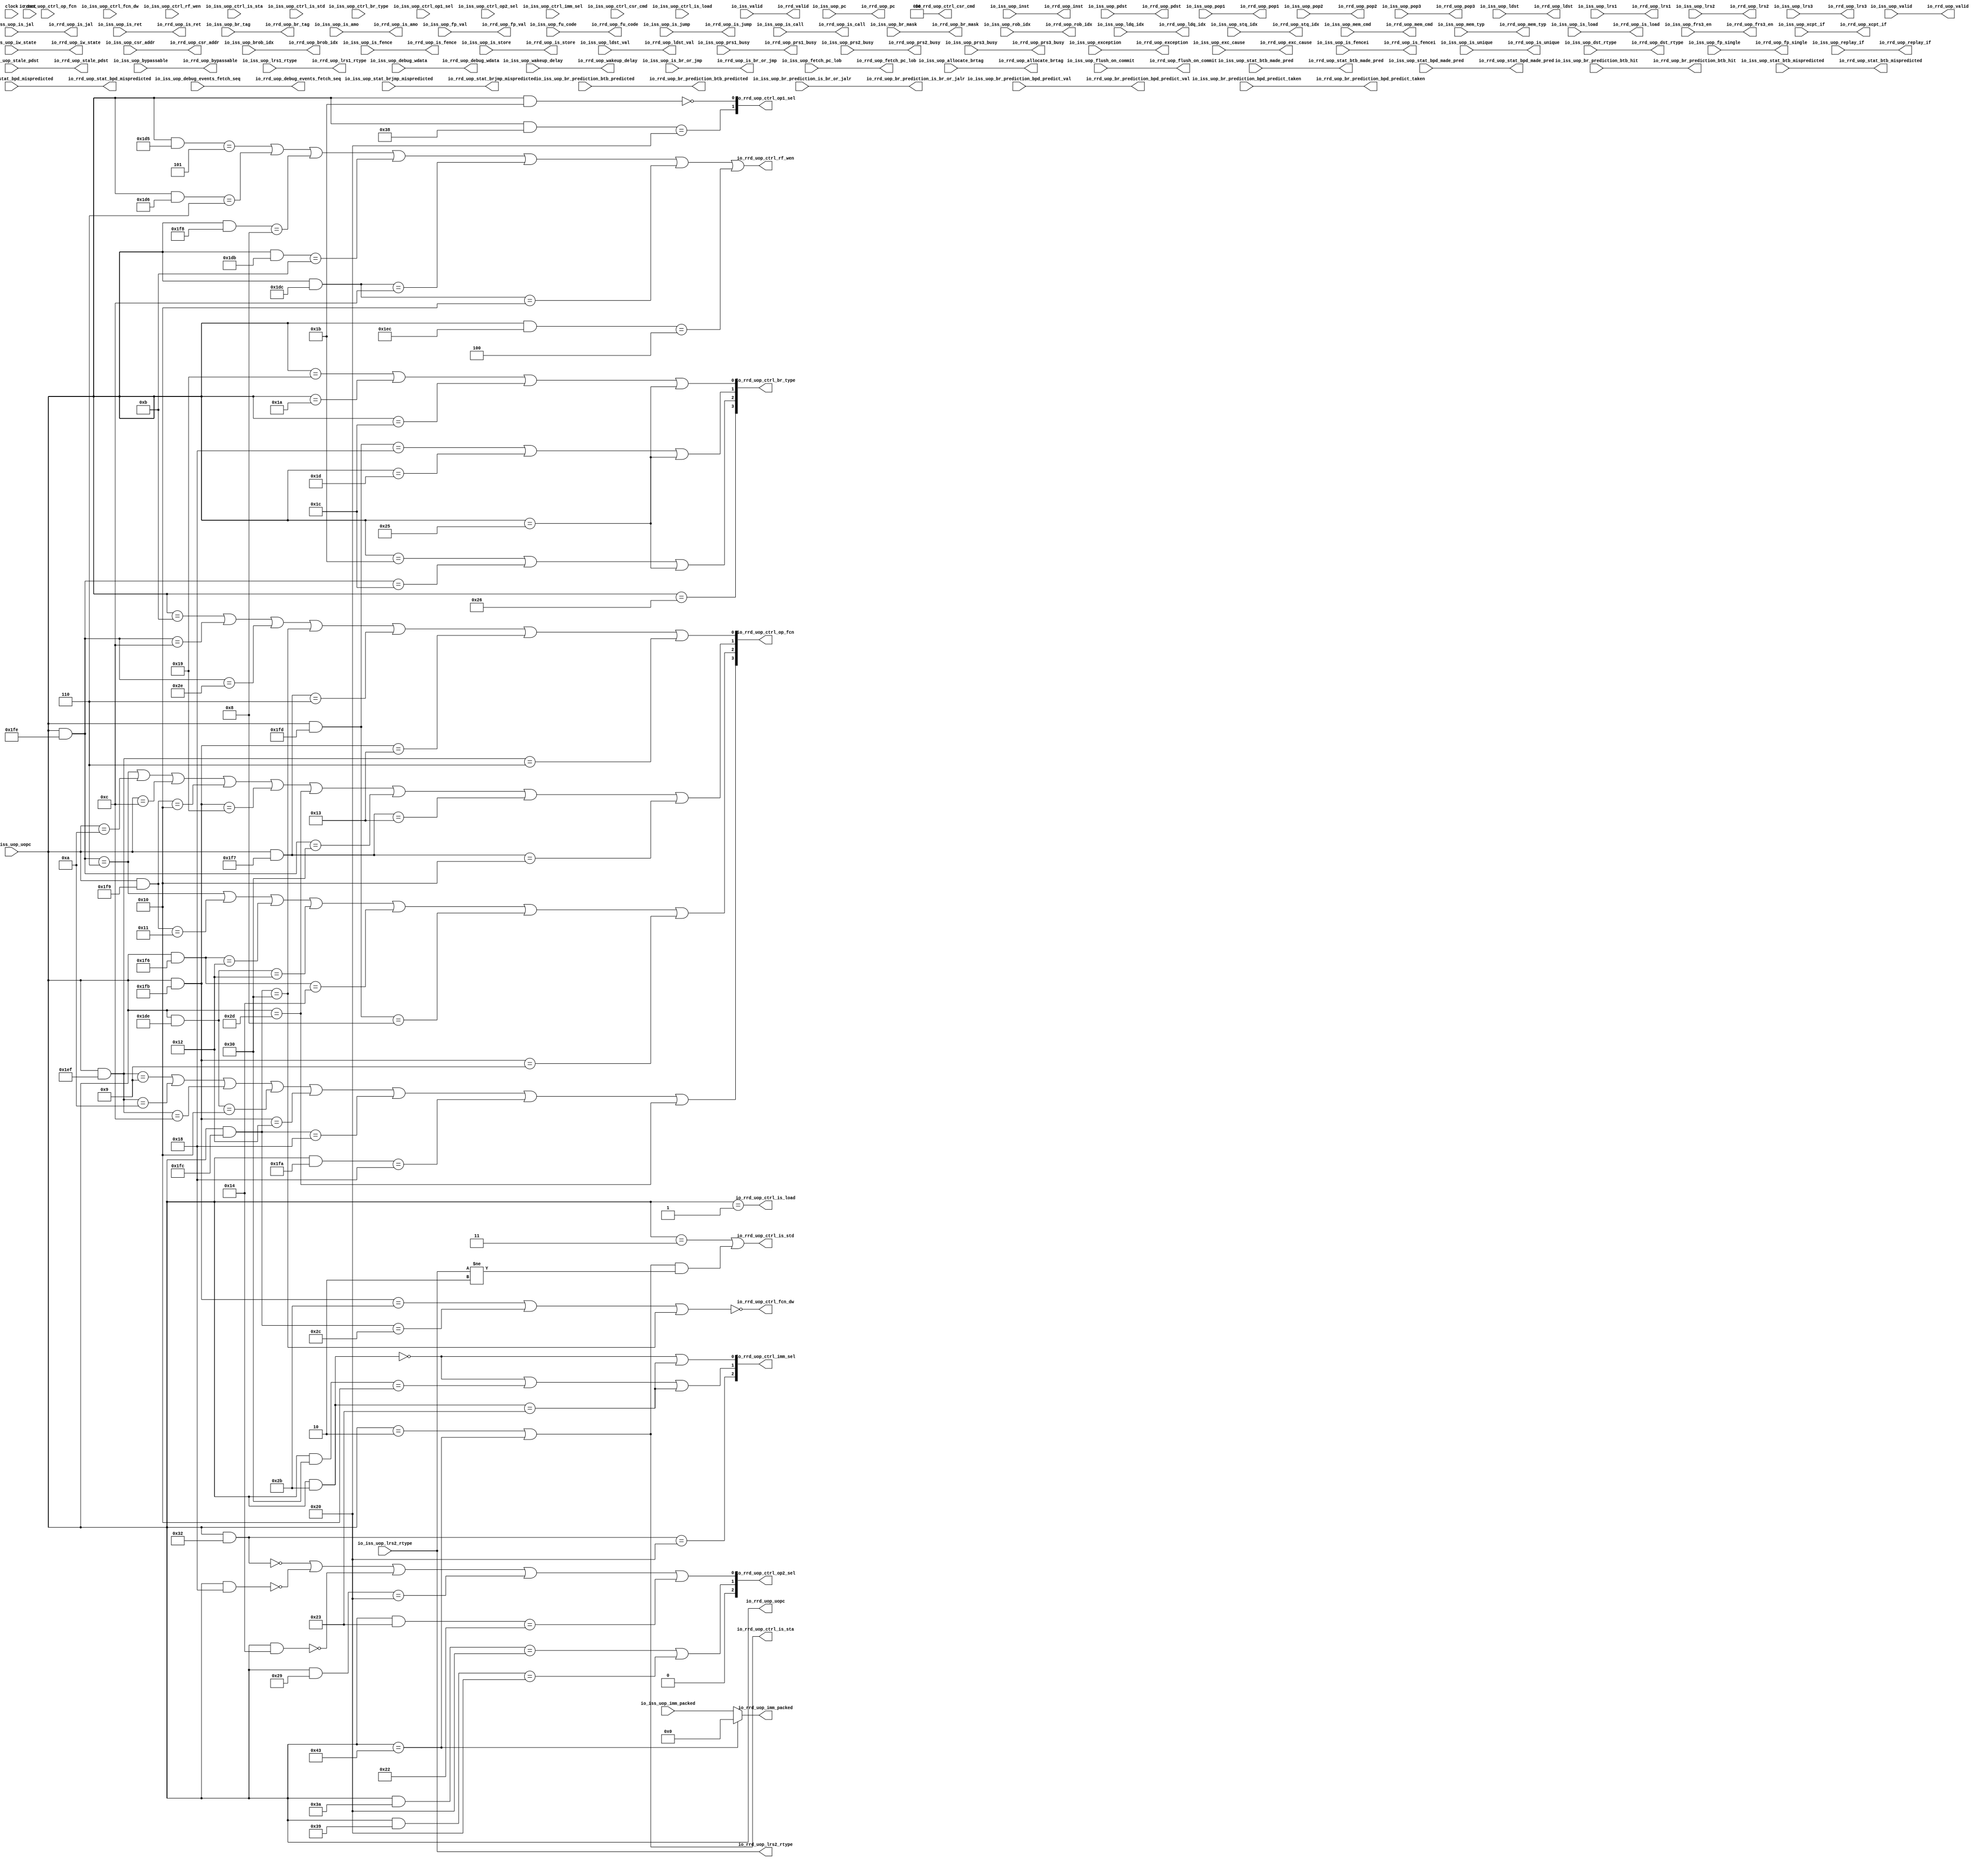
module RegisterReadDecode_1(
  input   clock,
  input   reset,
  input   io_iss_valid,
  input   io_iss_uop_valid,
  input  [1:0] io_iss_uop_iw_state,
  input  [8:0] io_iss_uop_uopc,
  input  [31:0] io_iss_uop_inst,
  input  [39:0] io_iss_uop_pc,
  input  [7:0] io_iss_uop_fu_code,
  input  [3:0] io_iss_uop_ctrl_br_type,
  input  [1:0] io_iss_uop_ctrl_op1_sel,
  input  [2:0] io_iss_uop_ctrl_op2_sel,
  input  [2:0] io_iss_uop_ctrl_imm_sel,
  input  [3:0] io_iss_uop_ctrl_op_fcn,
  input   io_iss_uop_ctrl_fcn_dw,
  input   io_iss_uop_ctrl_rf_wen,
  input  [2:0] io_iss_uop_ctrl_csr_cmd,
  input   io_iss_uop_ctrl_is_load,
  input   io_iss_uop_ctrl_is_sta,
  input   io_iss_uop_ctrl_is_std,
  input  [1:0] io_iss_uop_wakeup_delay,
  input   io_iss_uop_allocate_brtag,
  input   io_iss_uop_is_br_or_jmp,
  input   io_iss_uop_is_jump,
  input   io_iss_uop_is_jal,
  input   io_iss_uop_is_ret,
  input   io_iss_uop_is_call,
  input  [7:0] io_iss_uop_br_mask,
  input  [2:0] io_iss_uop_br_tag,
  input   io_iss_uop_br_prediction_bpd_predict_val,
  input   io_iss_uop_br_prediction_bpd_predict_taken,
  input   io_iss_uop_br_prediction_btb_hit,
  input   io_iss_uop_br_prediction_btb_predicted,
  input   io_iss_uop_br_prediction_is_br_or_jalr,
  input   io_iss_uop_stat_brjmp_mispredicted,
  input   io_iss_uop_stat_btb_made_pred,
  input   io_iss_uop_stat_btb_mispredicted,
  input   io_iss_uop_stat_bpd_made_pred,
  input   io_iss_uop_stat_bpd_mispredicted,
  input  [3:0] io_iss_uop_fetch_pc_lob,
  input  [19:0] io_iss_uop_imm_packed,
  input  [11:0] io_iss_uop_csr_addr,
  input  [6:0] io_iss_uop_rob_idx,
  input  [4:0] io_iss_uop_ldq_idx,
  input  [4:0] io_iss_uop_stq_idx,
  input  [4:0] io_iss_uop_brob_idx,
  input  [6:0] io_iss_uop_pdst,
  input  [6:0] io_iss_uop_pop1,
  input  [6:0] io_iss_uop_pop2,
  input  [6:0] io_iss_uop_pop3,
  input   io_iss_uop_prs1_busy,
  input   io_iss_uop_prs2_busy,
  input   io_iss_uop_prs3_busy,
  input  [6:0] io_iss_uop_stale_pdst,
  input   io_iss_uop_exception,
  input  [63:0] io_iss_uop_exc_cause,
  input   io_iss_uop_bypassable,
  input  [3:0] io_iss_uop_mem_cmd,
  input  [2:0] io_iss_uop_mem_typ,
  input   io_iss_uop_is_fence,
  input   io_iss_uop_is_fencei,
  input   io_iss_uop_is_store,
  input   io_iss_uop_is_amo,
  input   io_iss_uop_is_load,
  input   io_iss_uop_is_unique,
  input   io_iss_uop_flush_on_commit,
  input  [5:0] io_iss_uop_ldst,
  input  [5:0] io_iss_uop_lrs1,
  input  [5:0] io_iss_uop_lrs2,
  input  [5:0] io_iss_uop_lrs3,
  input   io_iss_uop_ldst_val,
  input  [1:0] io_iss_uop_dst_rtype,
  input  [1:0] io_iss_uop_lrs1_rtype,
  input  [1:0] io_iss_uop_lrs2_rtype,
  input   io_iss_uop_frs3_en,
  input   io_iss_uop_fp_val,
  input   io_iss_uop_fp_single,
  input   io_iss_uop_xcpt_if,
  input   io_iss_uop_replay_if,
  input  [63:0] io_iss_uop_debug_wdata,
  input  [31:0] io_iss_uop_debug_events_fetch_seq,
  output  io_rrd_valid,
  output  io_rrd_uop_valid,
  output [1:0] io_rrd_uop_iw_state,
  output [8:0] io_rrd_uop_uopc,
  output [31:0] io_rrd_uop_inst,
  output [39:0] io_rrd_uop_pc,
  output [7:0] io_rrd_uop_fu_code,
  output [3:0] io_rrd_uop_ctrl_br_type,
  output [1:0] io_rrd_uop_ctrl_op1_sel,
  output [2:0] io_rrd_uop_ctrl_op2_sel,
  output [2:0] io_rrd_uop_ctrl_imm_sel,
  output [3:0] io_rrd_uop_ctrl_op_fcn,
  output  io_rrd_uop_ctrl_fcn_dw,
  output  io_rrd_uop_ctrl_rf_wen,
  output [2:0] io_rrd_uop_ctrl_csr_cmd,
  output  io_rrd_uop_ctrl_is_load,
  output  io_rrd_uop_ctrl_is_sta,
  output  io_rrd_uop_ctrl_is_std,
  output [1:0] io_rrd_uop_wakeup_delay,
  output  io_rrd_uop_allocate_brtag,
  output  io_rrd_uop_is_br_or_jmp,
  output  io_rrd_uop_is_jump,
  output  io_rrd_uop_is_jal,
  output  io_rrd_uop_is_ret,
  output  io_rrd_uop_is_call,
  output [7:0] io_rrd_uop_br_mask,
  output [2:0] io_rrd_uop_br_tag,
  output  io_rrd_uop_br_prediction_bpd_predict_val,
  output  io_rrd_uop_br_prediction_bpd_predict_taken,
  output  io_rrd_uop_br_prediction_btb_hit,
  output  io_rrd_uop_br_prediction_btb_predicted,
  output  io_rrd_uop_br_prediction_is_br_or_jalr,
  output  io_rrd_uop_stat_brjmp_mispredicted,
  output  io_rrd_uop_stat_btb_made_pred,
  output  io_rrd_uop_stat_btb_mispredicted,
  output  io_rrd_uop_stat_bpd_made_pred,
  output  io_rrd_uop_stat_bpd_mispredicted,
  output [3:0] io_rrd_uop_fetch_pc_lob,
  output [19:0] io_rrd_uop_imm_packed,
  output [11:0] io_rrd_uop_csr_addr,
  output [6:0] io_rrd_uop_rob_idx,
  output [4:0] io_rrd_uop_ldq_idx,
  output [4:0] io_rrd_uop_stq_idx,
  output [4:0] io_rrd_uop_brob_idx,
  output [6:0] io_rrd_uop_pdst,
  output [6:0] io_rrd_uop_pop1,
  output [6:0] io_rrd_uop_pop2,
  output [6:0] io_rrd_uop_pop3,
  output  io_rrd_uop_prs1_busy,
  output  io_rrd_uop_prs2_busy,
  output  io_rrd_uop_prs3_busy,
  output [6:0] io_rrd_uop_stale_pdst,
  output  io_rrd_uop_exception,
  output [63:0] io_rrd_uop_exc_cause,
  output  io_rrd_uop_bypassable,
  output [3:0] io_rrd_uop_mem_cmd,
  output [2:0] io_rrd_uop_mem_typ,
  output  io_rrd_uop_is_fence,
  output  io_rrd_uop_is_fencei,
  output  io_rrd_uop_is_store,
  output  io_rrd_uop_is_amo,
  output  io_rrd_uop_is_load,
  output  io_rrd_uop_is_unique,
  output  io_rrd_uop_flush_on_commit,
  output [5:0] io_rrd_uop_ldst,
  output [5:0] io_rrd_uop_lrs1,
  output [5:0] io_rrd_uop_lrs2,
  output [5:0] io_rrd_uop_lrs3,
  output  io_rrd_uop_ldst_val,
  output [1:0] io_rrd_uop_dst_rtype,
  output [1:0] io_rrd_uop_lrs1_rtype,
  output [1:0] io_rrd_uop_lrs2_rtype,
  output  io_rrd_uop_frs3_en,
  output  io_rrd_uop_fp_val,
  output  io_rrd_uop_fp_single,
  output  io_rrd_uop_xcpt_if,
  output  io_rrd_uop_replay_if,
  output [63:0] io_rrd_uop_debug_wdata,
  output [31:0] io_rrd_uop_debug_events_fetch_seq
);
  wire [3:0] rrd_cs_br_type;
  wire  rrd_cs_use_alupipe;
  wire  rrd_cs_use_muldivpipe;
  wire  rrd_cs_use_mempipe;
  wire [3:0] rrd_cs_op_fcn;
  wire  rrd_cs_fcn_dw;
  wire [1:0] rrd_cs_op1_sel;
  wire [2:0] rrd_cs_op2_sel;
  wire [2:0] rrd_cs_imm_sel;
  wire  rrd_cs_rf_wen;
  wire [2:0] rrd_cs_csr_cmd;
  wire  _T_400;
  wire  _T_402;
  wire  _T_404;
  wire  _T_406;
  wire  _T_409;
  wire  _T_410;
  wire  _T_411;
  wire [8:0] _T_413;
  wire  _T_415;
  wire  _T_417;
  wire  _T_420;
  wire  _T_421;
  wire  _T_423;
  wire [8:0] _T_425;
  wire  _T_427;
  wire  _T_430;
  wire  _T_431;
  wire  _T_433;
  wire [1:0] _T_436;
  wire [1:0] _T_437;
  wire [3:0] _T_438;
  wire  _T_444;
  wire  _T_448;
  wire  _T_452;
  wire [8:0] _T_454;
  wire  _T_456;
  wire [8:0] _T_458;
  wire  _T_460;
  wire [8:0] _T_462;
  wire  _T_464;
  wire [8:0] _T_466;
  wire  _T_468;
  wire  _T_471;
  wire  _T_472;
  wire  _T_473;
  wire  _T_474;
  wire  _T_475;
  wire  _T_476;
  wire  _T_480;
  wire  _T_482;
  wire  _T_484;
  wire [8:0] _T_486;
  wire  _T_488;
  wire  _T_492;
  wire  _T_494;
  wire  _T_498;
  wire  _T_502;
  wire  _T_506;
  wire  _T_509;
  wire  _T_510;
  wire  _T_511;
  wire  _T_512;
  wire  _T_513;
  wire  _T_514;
  wire  _T_515;
  wire  _T_516;
  wire  _T_520;
  wire [8:0] _T_522;
  wire  _T_524;
  wire [8:0] _T_526;
  wire  _T_528;
  wire  _T_532;
  wire  _T_536;
  wire  _T_540;
  wire  _T_543;
  wire  _T_544;
  wire  _T_545;
  wire  _T_546;
  wire  _T_547;
  wire  _T_548;
  wire  _T_552;
  wire  _T_556;
  wire  _T_560;
  wire  _T_564;
  wire  _T_568;
  wire  _T_572;
  wire [8:0] _T_574;
  wire  _T_576;
  wire  _T_579;
  wire  _T_580;
  wire  _T_581;
  wire  _T_582;
  wire  _T_583;
  wire  _T_584;
  wire  _T_585;
  wire [1:0] _T_586;
  wire [1:0] _T_587;
  wire [3:0] _T_588;
  wire  _T_592;
  wire  _T_596;
  wire  _T_599;
  wire  _T_600;
  wire  _T_601;
  wire [8:0] _T_603;
  wire  _T_605;
  wire [8:0] _T_609;
  wire  _T_611;
  wire [1:0] _T_614;
  wire [8:0] _T_616;
  wire  _T_618;
  wire [8:0] _T_620;
  wire  _T_622;
  wire [8:0] _T_624;
  wire  _T_626;
  wire [8:0] _T_628;
  wire  _T_630;
  wire [8:0] _T_632;
  wire  _T_634;
  wire  _T_637;
  wire  _T_638;
  wire  _T_639;
  wire  _T_640;
  wire [8:0] _T_642;
  wire  _T_644;
  wire [8:0] _T_646;
  wire  _T_648;
  wire  _T_651;
  wire [1:0] _T_653;
  wire [2:0] _T_654;
  wire [8:0] _T_656;
  wire  _T_658;
  wire  _T_662;
  wire  _T_665;
  wire [8:0] _T_667;
  wire  _T_669;
  wire  _T_672;
  wire  _T_673;
  wire  _T_677;
  wire [1:0] _T_680;
  wire [2:0] _T_681;
  wire [8:0] _T_683;
  wire  _T_685;
  wire [8:0] _T_687;
  wire  _T_689;
  wire [8:0] _T_691;
  wire  _T_693;
  wire [8:0] _T_695;
  wire  _T_697;
  wire [8:0] _T_699;
  wire  _T_701;
  wire  _T_705;
  wire [8:0] _T_707;
  wire  _T_709;
  wire  _T_712;
  wire  _T_713;
  wire  _T_714;
  wire  _T_715;
  wire  _T_716;
  wire  _T_717;
  wire  _T_724;
  wire  _T_725;
  wire  _T_726;
  wire  _T_727;
  wire  _T_728;
  wire  _T_729;
  wire  _T_730;
  wire  _T_731;
  wire [19:0] _GEN_0;
  wire  _T_735;
  wire  _T_737;
  wire  _T_738;
  wire  _T_740;
  wire  csr_ren;
  wire [2:0] _T_742;
  assign io_rrd_valid = io_iss_valid;
  assign io_rrd_uop_valid = io_iss_uop_valid;
  assign io_rrd_uop_iw_state = io_iss_uop_iw_state;
  assign io_rrd_uop_uopc = io_iss_uop_uopc;
  assign io_rrd_uop_inst = io_iss_uop_inst;
  assign io_rrd_uop_pc = io_iss_uop_pc;
  assign io_rrd_uop_fu_code = io_iss_uop_fu_code;
  assign io_rrd_uop_ctrl_br_type = rrd_cs_br_type;
  assign io_rrd_uop_ctrl_op1_sel = rrd_cs_op1_sel;
  assign io_rrd_uop_ctrl_op2_sel = rrd_cs_op2_sel;
  assign io_rrd_uop_ctrl_imm_sel = rrd_cs_imm_sel;
  assign io_rrd_uop_ctrl_op_fcn = rrd_cs_op_fcn;
  assign io_rrd_uop_ctrl_fcn_dw = rrd_cs_fcn_dw;
  assign io_rrd_uop_ctrl_rf_wen = rrd_cs_rf_wen;
  assign io_rrd_uop_ctrl_csr_cmd = _T_742;
  assign io_rrd_uop_ctrl_is_load = _T_724;
  assign io_rrd_uop_ctrl_is_sta = _T_727;
  assign io_rrd_uop_ctrl_is_std = _T_731;
  assign io_rrd_uop_wakeup_delay = io_iss_uop_wakeup_delay;
  assign io_rrd_uop_allocate_brtag = io_iss_uop_allocate_brtag;
  assign io_rrd_uop_is_br_or_jmp = io_iss_uop_is_br_or_jmp;
  assign io_rrd_uop_is_jump = io_iss_uop_is_jump;
  assign io_rrd_uop_is_jal = io_iss_uop_is_jal;
  assign io_rrd_uop_is_ret = io_iss_uop_is_ret;
  assign io_rrd_uop_is_call = io_iss_uop_is_call;
  assign io_rrd_uop_br_mask = io_iss_uop_br_mask;
  assign io_rrd_uop_br_tag = io_iss_uop_br_tag;
  assign io_rrd_uop_br_prediction_bpd_predict_val = io_iss_uop_br_prediction_bpd_predict_val;
  assign io_rrd_uop_br_prediction_bpd_predict_taken = io_iss_uop_br_prediction_bpd_predict_taken;
  assign io_rrd_uop_br_prediction_btb_hit = io_iss_uop_br_prediction_btb_hit;
  assign io_rrd_uop_br_prediction_btb_predicted = io_iss_uop_br_prediction_btb_predicted;
  assign io_rrd_uop_br_prediction_is_br_or_jalr = io_iss_uop_br_prediction_is_br_or_jalr;
  assign io_rrd_uop_stat_brjmp_mispredicted = io_iss_uop_stat_brjmp_mispredicted;
  assign io_rrd_uop_stat_btb_made_pred = io_iss_uop_stat_btb_made_pred;
  assign io_rrd_uop_stat_btb_mispredicted = io_iss_uop_stat_btb_mispredicted;
  assign io_rrd_uop_stat_bpd_made_pred = io_iss_uop_stat_bpd_made_pred;
  assign io_rrd_uop_stat_bpd_mispredicted = io_iss_uop_stat_bpd_mispredicted;
  assign io_rrd_uop_fetch_pc_lob = io_iss_uop_fetch_pc_lob;
  assign io_rrd_uop_imm_packed = _GEN_0;
  assign io_rrd_uop_csr_addr = io_iss_uop_csr_addr;
  assign io_rrd_uop_rob_idx = io_iss_uop_rob_idx;
  assign io_rrd_uop_ldq_idx = io_iss_uop_ldq_idx;
  assign io_rrd_uop_stq_idx = io_iss_uop_stq_idx;
  assign io_rrd_uop_brob_idx = io_iss_uop_brob_idx;
  assign io_rrd_uop_pdst = io_iss_uop_pdst;
  assign io_rrd_uop_pop1 = io_iss_uop_pop1;
  assign io_rrd_uop_pop2 = io_iss_uop_pop2;
  assign io_rrd_uop_pop3 = io_iss_uop_pop3;
  assign io_rrd_uop_prs1_busy = io_iss_uop_prs1_busy;
  assign io_rrd_uop_prs2_busy = io_iss_uop_prs2_busy;
  assign io_rrd_uop_prs3_busy = io_iss_uop_prs3_busy;
  assign io_rrd_uop_stale_pdst = io_iss_uop_stale_pdst;
  assign io_rrd_uop_exception = io_iss_uop_exception;
  assign io_rrd_uop_exc_cause = io_iss_uop_exc_cause;
  assign io_rrd_uop_bypassable = io_iss_uop_bypassable;
  assign io_rrd_uop_mem_cmd = io_iss_uop_mem_cmd;
  assign io_rrd_uop_mem_typ = io_iss_uop_mem_typ;
  assign io_rrd_uop_is_fence = io_iss_uop_is_fence;
  assign io_rrd_uop_is_fencei = io_iss_uop_is_fencei;
  assign io_rrd_uop_is_store = io_iss_uop_is_store;
  assign io_rrd_uop_is_amo = io_iss_uop_is_amo;
  assign io_rrd_uop_is_load = io_iss_uop_is_load;
  assign io_rrd_uop_is_unique = io_iss_uop_is_unique;
  assign io_rrd_uop_flush_on_commit = io_iss_uop_flush_on_commit;
  assign io_rrd_uop_ldst = io_iss_uop_ldst;
  assign io_rrd_uop_lrs1 = io_iss_uop_lrs1;
  assign io_rrd_uop_lrs2 = io_iss_uop_lrs2;
  assign io_rrd_uop_lrs3 = io_iss_uop_lrs3;
  assign io_rrd_uop_ldst_val = io_iss_uop_ldst_val;
  assign io_rrd_uop_dst_rtype = io_iss_uop_dst_rtype;
  assign io_rrd_uop_lrs1_rtype = io_iss_uop_lrs1_rtype;
  assign io_rrd_uop_lrs2_rtype = io_iss_uop_lrs2_rtype;
  assign io_rrd_uop_frs3_en = io_iss_uop_frs3_en;
  assign io_rrd_uop_fp_val = io_iss_uop_fp_val;
  assign io_rrd_uop_fp_single = io_iss_uop_fp_single;
  assign io_rrd_uop_xcpt_if = io_iss_uop_xcpt_if;
  assign io_rrd_uop_replay_if = io_iss_uop_replay_if;
  assign io_rrd_uop_debug_wdata = io_iss_uop_debug_wdata;
  assign io_rrd_uop_debug_events_fetch_seq = io_iss_uop_debug_events_fetch_seq;
  assign rrd_cs_br_type = _T_438;
  assign rrd_cs_use_alupipe = 1'h1;
  assign rrd_cs_use_muldivpipe = 1'h0;
  assign rrd_cs_use_mempipe = 1'h0;
  assign rrd_cs_op_fcn = _T_588;
  assign rrd_cs_fcn_dw = _T_601;
  assign rrd_cs_op1_sel = _T_614;
  assign rrd_cs_op2_sel = _T_654;
  assign rrd_cs_imm_sel = _T_681;
  assign rrd_cs_rf_wen = _T_717;
  assign rrd_cs_csr_cmd = 3'h0;
  assign _T_400 = io_rrd_uop_uopc == 9'h19;
  assign _T_402 = io_rrd_uop_uopc == 9'h1a;
  assign _T_404 = io_rrd_uop_uopc == 9'h1c;
  assign _T_406 = io_rrd_uop_uopc == 9'h25;
  assign _T_409 = _T_400 | _T_402;
  assign _T_410 = _T_409 | _T_404;
  assign _T_411 = _T_410 | _T_406;
  assign _T_413 = io_rrd_uop_uopc & 9'h1fd;
  assign _T_415 = _T_413 == 9'h18;
  assign _T_417 = io_rrd_uop_uopc == 9'h1d;
  assign _T_420 = _T_415 | _T_417;
  assign _T_421 = _T_420 | _T_406;
  assign _T_423 = io_rrd_uop_uopc == 9'h1b;
  assign _T_425 = io_rrd_uop_uopc & 9'h1fe;
  assign _T_427 = _T_425 == 9'h1c;
  assign _T_430 = _T_423 | _T_427;
  assign _T_431 = _T_430 | _T_406;
  assign _T_433 = io_rrd_uop_uopc == 9'h26;
  assign _T_436 = {_T_421,_T_411};
  assign _T_437 = {_T_433,_T_431};
  assign _T_438 = {_T_437,_T_436};
  assign _T_444 = io_rrd_uop_uopc == 9'hb;
  assign _T_448 = _T_425 == 9'hc;
  assign _T_452 = _T_425 == 9'h2e;
  assign _T_454 = io_rrd_uop_uopc & 9'h1fc;
  assign _T_456 = _T_454 == 9'h30;
  assign _T_458 = io_rrd_uop_uopc & 9'h1f7;
  assign _T_460 = _T_458 == 9'h6;
  assign _T_462 = io_rrd_uop_uopc & 9'h1fb;
  assign _T_464 = _T_462 == 9'h13;
  assign _T_466 = io_rrd_uop_uopc & 9'h1ef;
  assign _T_468 = _T_466 == 9'h6;
  assign _T_471 = _T_444 | _T_448;
  assign _T_472 = _T_471 | _T_452;
  assign _T_473 = _T_472 | _T_456;
  assign _T_474 = _T_473 | _T_460;
  assign _T_475 = _T_474 | _T_464;
  assign _T_476 = _T_475 | _T_468;
  assign _T_480 = _T_425 == 9'h6;
  assign _T_482 = io_rrd_uop_uopc == 9'ha;
  assign _T_484 = io_rrd_uop_uopc == 9'hc;
  assign _T_486 = io_rrd_uop_uopc & 9'h1f9;
  assign _T_488 = _T_486 == 9'h10;
  assign _T_492 = _T_462 == 9'h19;
  assign _T_494 = io_rrd_uop_uopc == 9'h2d;
  assign _T_498 = _T_425 == 9'h30;
  assign _T_502 = _T_458 == 9'h13;
  assign _T_506 = _T_458 == 9'h10;
  assign _T_509 = _T_480 | _T_482;
  assign _T_510 = _T_509 | _T_484;
  assign _T_511 = _T_510 | _T_488;
  assign _T_512 = _T_511 | _T_492;
  assign _T_513 = _T_512 | _T_494;
  assign _T_514 = _T_513 | _T_498;
  assign _T_515 = _T_514 | _T_502;
  assign _T_516 = _T_515 | _T_506;
  assign _T_520 = _T_486 == 9'h11;
  assign _T_522 = io_rrd_uop_uopc & 9'h1f6;
  assign _T_524 = _T_522 == 9'h12;
  assign _T_526 = io_rrd_uop_uopc & 9'h1de;
  assign _T_528 = _T_526 == 9'h12;
  assign _T_532 = _T_522 == 9'h14;
  assign _T_536 = _T_413 == 9'h8;
  assign _T_540 = _T_462 == 9'h9;
  assign _T_543 = _T_480 | _T_520;
  assign _T_544 = _T_543 | _T_524;
  assign _T_545 = _T_544 | _T_528;
  assign _T_546 = _T_545 | _T_532;
  assign _T_547 = _T_546 | _T_536;
  assign _T_548 = _T_547 | _T_540;
  assign _T_552 = _T_466 == 9'h9;
  assign _T_556 = _T_466 == 9'ha;
  assign _T_560 = _T_466 == 9'hc;
  assign _T_564 = _T_526 == 9'h10;
  assign _T_568 = _T_462 == 9'h12;
  assign _T_572 = _T_454 == 9'h18;
  assign _T_574 = io_rrd_uop_uopc & 9'h1fa;
  assign _T_576 = _T_574 == 9'h18;
  assign _T_579 = _T_552 | _T_556;
  assign _T_580 = _T_579 | _T_560;
  assign _T_581 = _T_580 | _T_564;
  assign _T_582 = _T_581 | _T_568;
  assign _T_583 = _T_582 | _T_572;
  assign _T_584 = _T_583 | _T_576;
  assign _T_585 = _T_584 | _T_494;
  assign _T_586 = {_T_516,_T_476};
  assign _T_587 = {_T_585,_T_548};
  assign _T_588 = {_T_587,_T_586};
  assign _T_592 = _T_462 == 9'h2b;
  assign _T_596 = _T_454 == 9'h2c;
  assign _T_599 = _T_592 | _T_596;
  assign _T_600 = _T_599 | _T_456;
  assign _T_601 = ~ _T_600;
  assign _T_603 = io_rrd_uop_uopc & 9'h1b;
  assign _T_605 = _T_603 == 9'h0;
  assign _T_609 = io_rrd_uop_uopc & 9'h38;
  assign _T_611 = _T_609 == 9'h20;
  assign _T_614 = {_T_611,_T_605};
  assign _T_616 = io_rrd_uop_uopc & 9'h32;
  assign _T_618 = _T_616 == 9'h0;
  assign _T_620 = io_rrd_uop_uopc & 9'h18;
  assign _T_622 = _T_620 == 9'h0;
  assign _T_624 = io_rrd_uop_uopc & 9'h14;
  assign _T_626 = _T_624 == 9'h0;
  assign _T_628 = io_rrd_uop_uopc & 9'h29;
  assign _T_630 = _T_628 == 9'h20;
  assign _T_632 = io_rrd_uop_uopc & 9'h23;
  assign _T_634 = _T_632 == 9'h22;
  assign _T_637 = _T_618 | _T_622;
  assign _T_638 = _T_637 | _T_626;
  assign _T_639 = _T_638 | _T_630;
  assign _T_640 = _T_639 | _T_634;
  assign _T_642 = io_rrd_uop_uopc & 9'h3a;
  assign _T_644 = _T_642 == 9'h20;
  assign _T_646 = io_rrd_uop_uopc & 9'h39;
  assign _T_648 = _T_646 == 9'h20;
  assign _T_651 = _T_644 | _T_648;
  assign _T_653 = {1'h0,_T_651};
  assign _T_654 = {_T_653,_T_640};
  assign _T_656 = io_rrd_uop_uopc & 9'h2b;
  assign _T_658 = _T_656 == 9'h0;
  assign _T_662 = _T_656 == 9'h23;
  assign _T_665 = _T_658 | _T_662;
  assign _T_667 = io_rrd_uop_uopc & 9'h30;
  assign _T_669 = _T_667 == 9'h10;
  assign _T_672 = _T_658 | _T_669;
  assign _T_673 = _T_672 | _T_662;
  assign _T_677 = _T_616 == 9'h20;
  assign _T_680 = {_T_677,_T_673};
  assign _T_681 = {_T_680,_T_665};
  assign _T_683 = io_rrd_uop_uopc & 9'h1d5;
  assign _T_685 = _T_683 == 9'h5;
  assign _T_687 = io_rrd_uop_uopc & 9'h1d6;
  assign _T_689 = _T_687 == 9'h6;
  assign _T_691 = io_rrd_uop_uopc & 9'h1f8;
  assign _T_693 = _T_691 == 9'h8;
  assign _T_695 = io_rrd_uop_uopc & 9'h1db;
  assign _T_697 = _T_695 == 9'hb;
  assign _T_699 = io_rrd_uop_uopc & 9'h1dc;
  assign _T_701 = _T_699 == 9'hc;
  assign _T_705 = _T_699 == 9'h10;
  assign _T_707 = io_rrd_uop_uopc & 9'h1ec;
  assign _T_709 = _T_707 == 9'h4;
  assign _T_712 = _T_685 | _T_689;
  assign _T_713 = _T_712 | _T_693;
  assign _T_714 = _T_713 | _T_697;
  assign _T_715 = _T_714 | _T_701;
  assign _T_716 = _T_715 | _T_705;
  assign _T_717 = _T_716 | _T_709;
  assign _T_724 = io_rrd_uop_uopc == 9'h1;
  assign _T_725 = io_rrd_uop_uopc == 9'h2;
  assign _T_726 = io_rrd_uop_uopc == 9'h43;
  assign _T_727 = _T_725 | _T_726;
  assign _T_728 = io_rrd_uop_uopc == 9'h3;
  assign _T_729 = io_rrd_uop_lrs2_rtype != 2'h2;
  assign _T_730 = io_rrd_uop_ctrl_is_sta & _T_729;
  assign _T_731 = _T_728 | _T_730;
  assign _GEN_0 = _T_726 ? 20'h0 : io_iss_uop_imm_packed;
  assign _T_735 = rrd_cs_csr_cmd == 3'h2;
  assign _T_737 = rrd_cs_csr_cmd == 3'h3;
  assign _T_738 = _T_735 | _T_737;
  assign _T_740 = io_rrd_uop_pop1 == 7'h0;
  assign csr_ren = _T_738 & _T_740;
  assign _T_742 = csr_ren ? 3'h5 : rrd_cs_csr_cmd;
endmodule